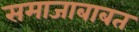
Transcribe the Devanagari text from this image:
समाजाबाबत